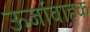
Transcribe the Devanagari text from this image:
ऊर्जावाहक